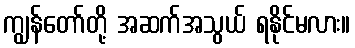
ကျွန်တော်တို့ အဆက်အသွယ် ရနိုင်မလား။